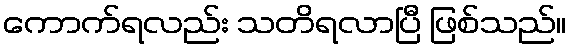
ကောက်ရလည်း သတိရလာပြီ ဖြစ်သည်။